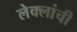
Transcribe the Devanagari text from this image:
लेक्लांची